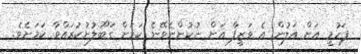
ފަހުމީ އަށް އަލުން އެ ވަޒީފާ އަށް ނުކުންނެވޭނެ ކަމަށް ގަބޫލުނުކުރައްވާ ކަމަށެވެ.